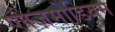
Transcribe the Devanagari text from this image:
प्लैज़मोडियम